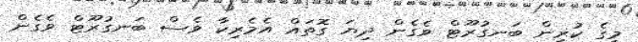
މީގެ ކުރިން ބަނގުރޫޓް ވެގެން ދިޔަ ގޮތައް އެމެރިކާ ވެސް ބަނގުރޫޓް ވެގެން